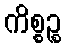
ကိစ္စဉ္စ